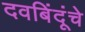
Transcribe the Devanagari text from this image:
दवबिंदूंचे